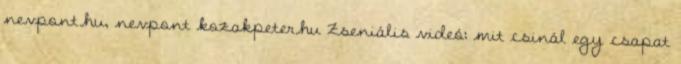
nevpont.hu, nevpont kozakpeter.hu Zseniális videó: mit csinál egy csapat